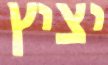
יציץ